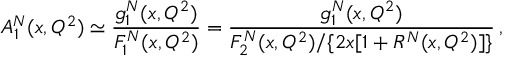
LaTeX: A _ { 1 } ^ { N } ( x , Q ^ { 2 } ) \simeq \frac { g _ { 1 } ^ { N } ( x , Q ^ { 2 } ) } { F _ { 1 } ^ { N } ( x , Q ^ { 2 } ) } = \frac { g _ { 1 } ^ { N } ( x , Q ^ { 2 } ) } { F _ { 2 } ^ { N } ( x , Q ^ { 2 } ) / \{ 2 x [ 1 + R ^ { N } ( x , Q ^ { 2 } ) ] \} } \, ,